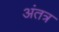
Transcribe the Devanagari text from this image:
अंतत्र